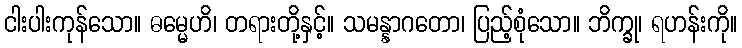
ငါးပါးကုန်သော။ ဓမ္မေဟိ၊ တရားတို့နှင့်။ သမန္နာဂတော၊ ပြည့်စုံသော။ ဘိက္ခု၊ ရဟန်းကို။